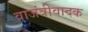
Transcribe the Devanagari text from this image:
वाजंत्रीवादक